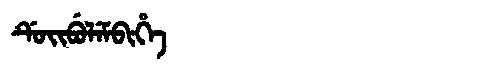
Manchu: ᡩᡠᡳᠪᡠᠯᡝᠮᠪᡳᡥᡝ
Romanization: DUIBULEMBIHE